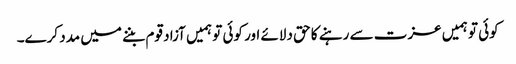
کوئی تو ہمیں عزت سے رہنے کا حق دلائے اور کوئی تو ہمیں آزاد قوم بننے میں مدد کرے۔